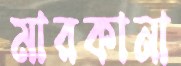
মারকানা